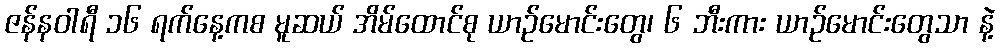
ဇန်နဝါရီ ၁၆ ရက်နေ့ကစ မူဆယ် အိမ်ထောင်စု ယာဉ်မောင်းတွေ၊ ၆ ဘီးကား ယာဉ်မောင်းတွေသာ နဲ့